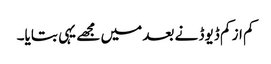
کم از کم ڈیوڈ نے بعد میں مجھے یہی بتایا۔